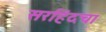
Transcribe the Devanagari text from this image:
सरहिंदचा